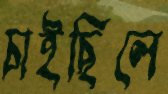
চাইছিলে